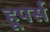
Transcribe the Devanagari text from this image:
हूपर्स